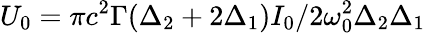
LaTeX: U_{0}=\pi c^{2}\Gamma(\Delta_{2}+2\Delta_{1})I_{0}/2\omega_{0}^{2}\Delta_{2}\Delta_{1}